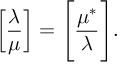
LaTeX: \left[ { \frac { \lambda } { \mu } } \right] = { \Bigg [ } { \frac { \mu ^ { * } } { \lambda } } { \Bigg ] } .